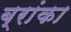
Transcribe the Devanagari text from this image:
ब्रांका